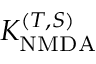
K _ { \mathrm { N M D A } } ^ { ( T , S ) }